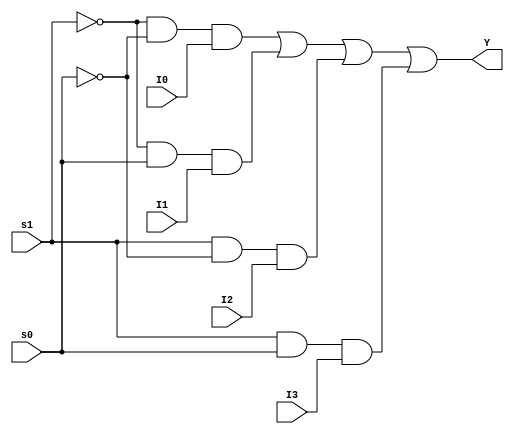
`timescale 1s/1s
module mux(
    input s0,s1,I0,I1,I2,I3,
    output Y
);
assign Y= ((~s1)&(~s0)&(I0)) | ((~s1)&(s0)&(I1)) | ((s1)&(~s0)&(I2)) | ((s1)&(s0)&(I3)) ;
endmodule

module testbench();
reg A,B,C,D ;
wire s0,s1,s2,I0,I1,I2,I3,I4,I5,I6,I7,t1,t2,y;
assign s2=B;
assign s1=C;
assign s0=D;
assign I0=1;
assign I1=1;
assign I2=(~A);
assign I3=A;
assign I4=0;
assign I5=1;
assign I6=1;
assign I7=A;
mux m1(s0,s1,I0,I1,I2,I3,t1) ;
mux m2(s0,s1,I4,I5,I6,I7,t2);
assign y=(t1 & (~s2)) | (t2 & s2) ;

initial begin
$monitor("A=%b B=%b C=%b D=%b y=%b",A,B,C,D,y);
$dumpfile("amrita.vcd");
$dumpvars(0,testbench);
 A=0;B=0;C=0;D=0;#2;
 A=0;B=0;C=0;D=1;#2;
A=0;B=0;C=1;D=0;#2;
A=0;B=0;C=1;D=1;#2;
A=0;B=1;C=0;D=0;#2;
A=0;B=1;C=0;D=1;#2;
A=0;B=1;C=1;D=0;#2;
A=0;B=1;C=1;D=1;#2;
A=1;B=0;C=0;D=0;#2;
A=1;B=0;C=0;D=1;#2;
A=1;B=0;C=1;D=0;#2;
A=1;B=0;C=1;D=1;#2;
A=1;B=1;C=0;D=0;#2;
A=1;B=1;C=0;D=1;#2;
A=1;B=1;C=1;D=0;#2;
A=1;B=1;C=1;D=1;#2;


$finish;
end
endmodule